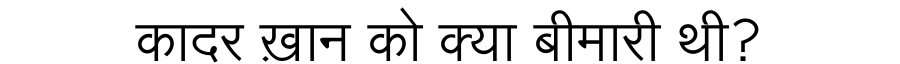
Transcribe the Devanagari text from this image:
कादर ख़ान को क्या बीमारी थी?